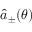
\hat { a } _ { \pm } ( \theta )